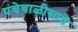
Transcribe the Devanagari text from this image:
पंचेचाळीसावे